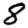
Digit: 8